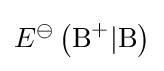
E^{\ominus }\left({\ce {B+}}\vert {\ce {B}}\right)